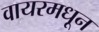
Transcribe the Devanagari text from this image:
वायरमधून